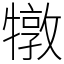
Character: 犜